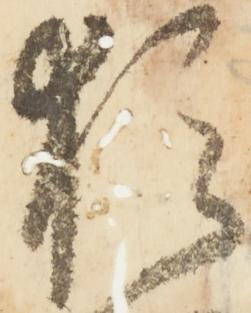
猶